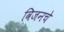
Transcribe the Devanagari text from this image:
विजनचे